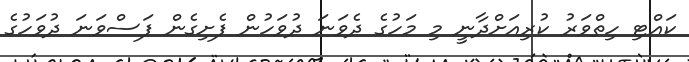
ކައްޓި ހިތްވަރު ކުރިއަށްދާނީ މި މަހުގެ ދެވަނަ ދުވަހުން ފެށިގެން ފަސްވަނަ ދުވަހުގެ